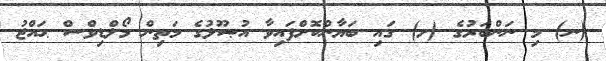
(ނ) މި ނަންބަރުގެ (ށ) ގައި ބަޔާންކޮށްފައިވާ އުޞޫލުގެ މަތިން މޯލްޑިވްސް ޙައްޖު